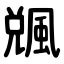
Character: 䬇